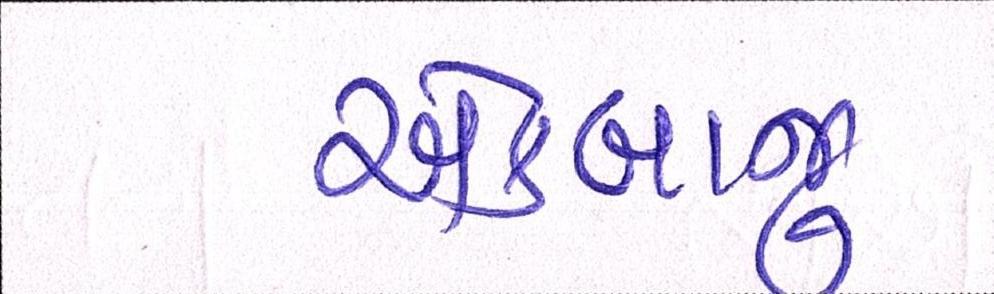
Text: એકબાજુ